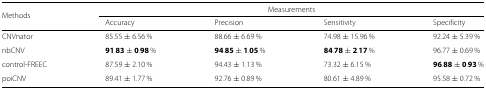
<table><thead><tr><td><b>Methods</b></td><td colspan="4"><b>Measurements</b></td></tr><tr><td></td><td><b>Accuracy</b></td><td><b>Precision</b></td><td><b>Sensitivity</b></td><td><b>Specificity</b></td></tr></thead><tbody><tr><td>CNVnator</td><td>85.55±6.56 <i>%</i></td><td>88.66±6.69 <i>%</i></td><td>74.98±15.96 <i>%</i></td><td>92.24±5.39 <i>%</i></td></tr><tr><td>nbCNV</td><td><b>91.83</b>±<b>0.98</b><i>%</i></td><td><b>94.85</b>±<b>1.05</b><i>%</i></td><td><b>84.78</b>±<b>2.17</b><i>%</i></td><td>96.77±0.69 <i>%</i></td></tr><tr><td>control-FREEC</td><td>87.59±2.10 <i>%</i></td><td>94.43±1.13 <i>%</i></td><td>73.32±6.15 <i>%</i></td><td><b>96.88</b>±<b>0.93</b><i>%</i></td></tr><tr><td>poiCNV</td><td>89.41±1.77 <i>%</i></td><td>92.76±0.89 <i>%</i></td><td>80.61±4.89 <i>%</i></td><td>95.58±0.72 <i>%</i></td></tr></tbody></table>